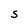
Character: S